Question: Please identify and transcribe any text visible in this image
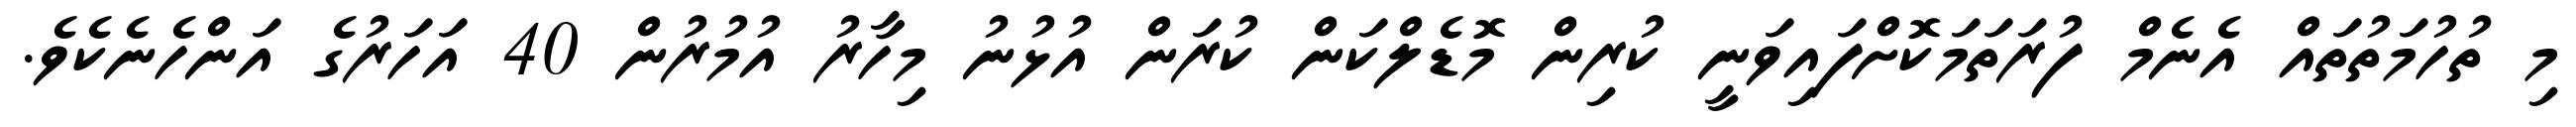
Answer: މި ތުހުމަތުތައް އެނެމް ފުރަތަމަކޮށްފައިވަނީ ކުރިން މޮޑެލްކަން ކުރަން އުޅުނު މިހާރު އުމުރުން 40 އަހަރުގެ އަންހެނެކެވެ.